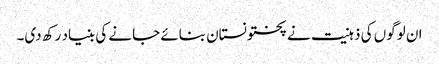
ان لوگوں کی ذہنیت نے پختونستان بنائے جانے کی بنیاد رکھ دی۔